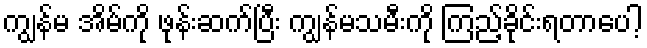
ကျွန်မ အိမ်ကို ဖုန်းဆက်ပြီး ကျွန်မသမီးကို ကြည့်ခိုင်းရတာပေါ့